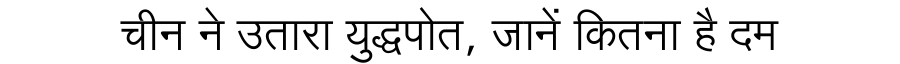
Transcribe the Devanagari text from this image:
चीन ने उतारा युद्धपोत, जानें कितना है दम